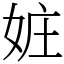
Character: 㛇